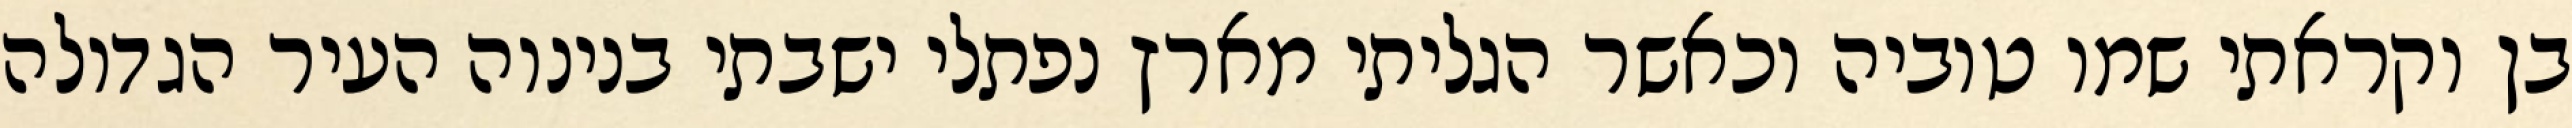
בן וקראתי שמו טוביה וכאשר הגליתי מארץ נפתלי ישבתי בנינוה העיר הגדולה